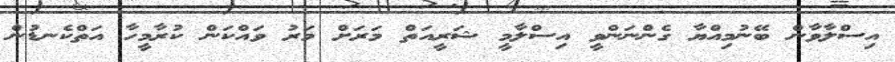
އިސްލާވާން ބޭނުމިއްޔާ ގެންނަންވީ އިސްލާމީ ޝަރީއަތް މަރަށް މަރު ވައްކަން ކުރާމީހާ އަތްކެނޑުން